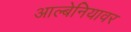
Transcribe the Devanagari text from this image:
आल्बेनियावर